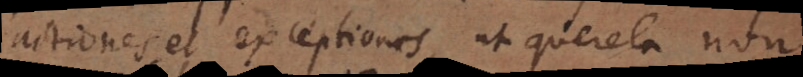
actiones et exceptiones, ut querela non